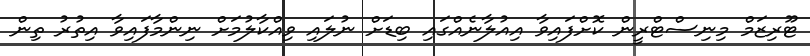
ޓޫރިޒަމް މިނިސްޓްރީން ކޮށްފައިވާ އިއުލާނެއްގައި ބިޑަށް ނުލައި ވިއްކާލުމަށް ނިންމާފައިވާ އިތުރު ތިން